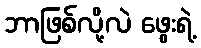
ဘာဖြစ်လို့လဲ ဖွေးရဲ့